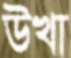
উখা